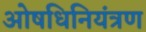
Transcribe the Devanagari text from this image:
ओषधिनियंत्रण